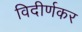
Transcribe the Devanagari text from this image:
विदीर्णकर